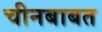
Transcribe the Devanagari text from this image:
चीनबाबत